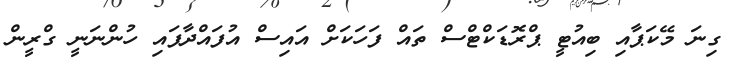
ގިނަ މޭކަޕާއި ބިއުޓީ ޕްރޮޑަކްޓްސް ތައް ފަހަކަށް އައިސް އުފައްދާފައި ހުންނަނީ ގްރީން